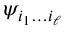
\psi _ { i _ { 1 } \dots i _ { \ell } }